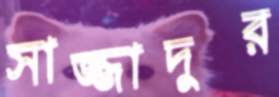
সাজ্জাদুর